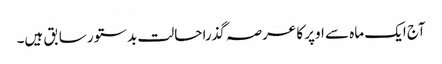
آج ایک ماہ سے اوپر کا عرصہ گذرا حالت بدستور سابق ہیں۔